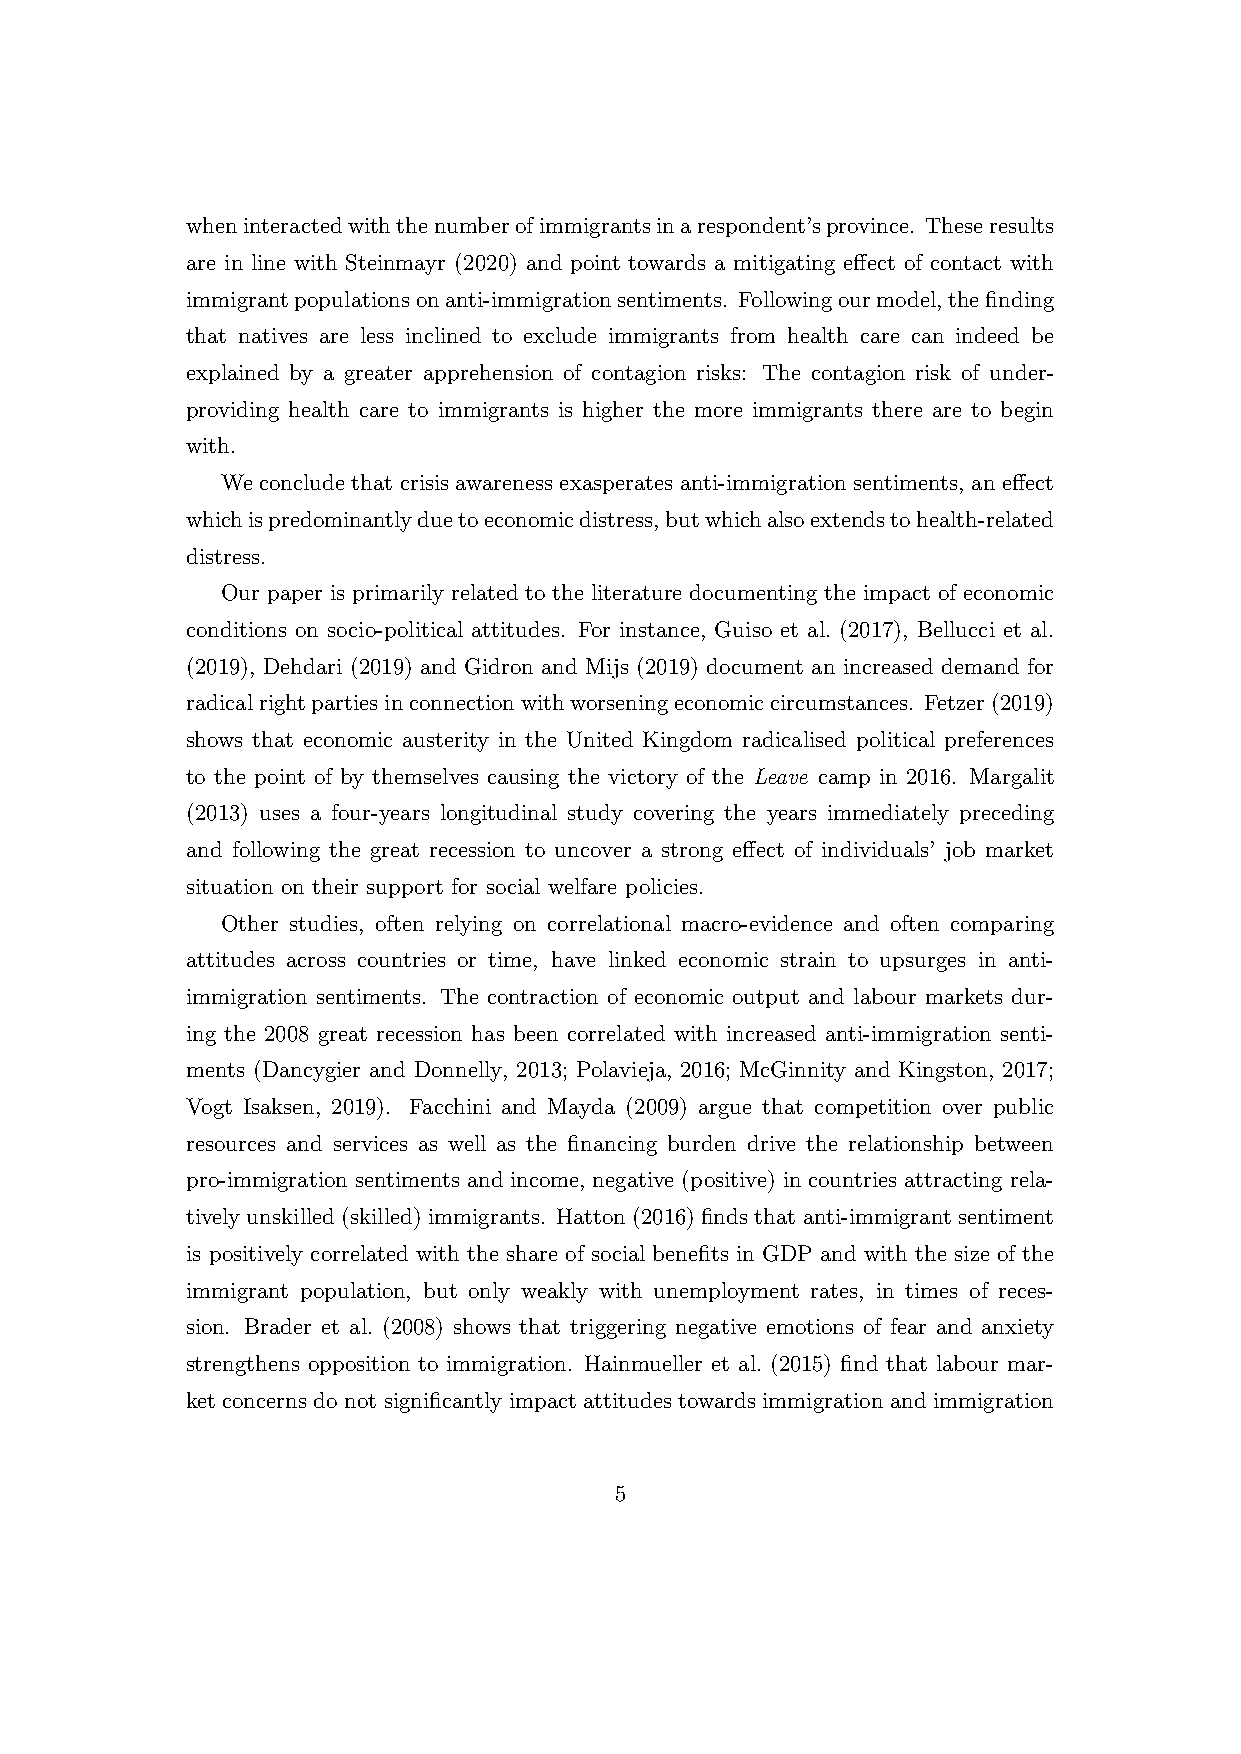
wheninteractedwiththenumberofimmigrantsinarespondent’sprovince. Theseresults
 are in line with Steinmayr (2020) and point towards a mitigating effect of contact with
 immigrantpopulationsonanti-immigrationsentiments. Followingourmodel,thefinding
 that natives are less inclined to exclude immigrants from health care can indeed be
 explained by a greater apprehension of contagion risks: The contagion risk of under-
 providing health care to immigrants is higher the more immigrants there are to begin
 with.
 We conclude that crisis awareness exasperates anti-immigration sentiments, an effect
 whichispredominantlyduetoeconomicdistress,butwhichalsoextendstohealth-related
 distress.
 Our paper is primarily related to the literature documenting the impact of economic
 conditions on socio-political attitudes. For instance, Guiso et al. (2017), Bellucci et al.
 (2019), Dehdari (2019) and Gidron and Mijs (2019) document an increased demand for
 radicalrightpartiesinconnectionwithworseningeconomiccircumstances. Fetzer(2019)
 shows that economic austerity in the United Kingdom radicalised political preferences
 to the point of by themselves causing the victory of the Leave camp in 2016. Margalit
 (2013) uses a four-years longitudinal study covering the years immediately preceding
 and following the great recession to uncover a strong effect of individuals’ job market
 situation on their support for social welfare policies.
 Other studies, often relying on correlational macro-evidence and often comparing
 attitudes across countries or time, have linked economic strain to upsurges in anti-
 immigration sentiments. The contraction of economic output and labour markets dur-
 ing the 2008 great recession has been correlated with increased anti-immigration senti-
 ments (Dancygier and Donnelly, 2013; Polavieja, 2016; McGinnity and Kingston, 2017;
 Vogt Isaksen, 2019). Facchini and Mayda (2009) argue that competition over public
 resources and services as well as the financing burden drive the relationship between
 pro-immigration sentiments and income, negative (positive) in countries attracting rela-
 tively unskilled (skilled) immigrants. Hatton (2016) finds that anti-immigrant sentiment
 is positively correlated with the share of social benefits in GDP and with the size of the
 immigrant population, but only weakly with unemployment rates, in times of reces-
 sion. Brader et al. (2008) shows that triggering negative emotions of fear and anxiety
 strengthens opposition to immigration. Hainmueller et al. (2015) find that labour mar-
 ket concerns do not significantly impact attitudes towards immigration and immigration
 5